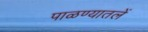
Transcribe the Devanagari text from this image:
पाळण्यातलें